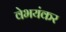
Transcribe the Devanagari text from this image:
वेभयंकर